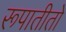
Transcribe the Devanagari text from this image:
रूपातीतो